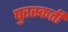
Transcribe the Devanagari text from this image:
पुरस्कर्ती